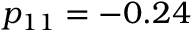
p _ { 1 1 } = - 0 . 2 4